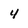
Character: 4